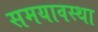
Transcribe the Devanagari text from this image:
समयावस्था